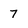
Character: 7